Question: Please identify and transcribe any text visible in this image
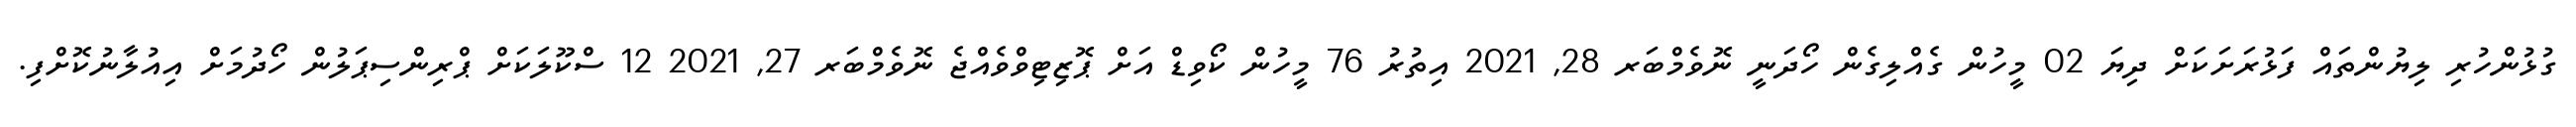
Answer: ގުޅުންހުރި ލިޔުންތައް ފަޅުރަށަކަށް ދިޔަ 02 މީހުން ގެއްލިގެން ހޯދަނީ ނޮވެމްބަރ 28, 2021 އިތުރު 76 މީހުން ކޯވިޑް އަށް ޕޮޒިޓިވްވެއްޖެ ނޮވެމްބަރ 27, 2021 12 ސްކޫލަކަށް ޕްރިންސިޕަލުން ހޯދުމަށް އިއުލާނުކޮށްފި.